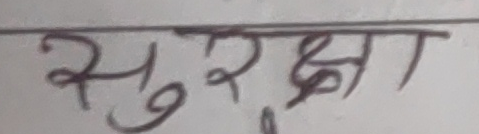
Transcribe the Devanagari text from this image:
सुरक्षा